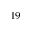
^ { 1 9 }